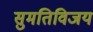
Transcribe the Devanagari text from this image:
सुमतिविजय